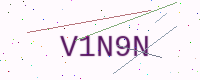
Text: V1N9N